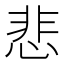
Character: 悲